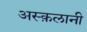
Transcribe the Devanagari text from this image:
अस्क़लानी